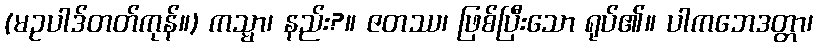
(မဥပါဒ်တတ်ကုန်။) ကသ္မာ၊ နည်း?။ ဇတဿ၊ ဖြစ်ပြီးသော ရုပ်၏။ ပါကဘေဒတ္တာ၊